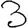
Digit: 3